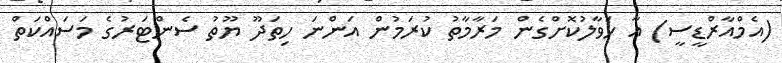
(އެމްއާރްޑީސީ) އާ ހަވާލުކޮށްގެން މަރާމާތު ކުރަމުން އަންނަަ ހިތަދޫ ޔޫތު ސެންޓަރުގެ މަސައްކަތް